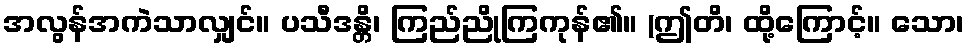
အလွန်အကဲသာလျှင်။ ပသီဒန္တိ၊ ကြည်ညိုကြကုန်၏။ (ဤတိ၊ ထို့ကြောင့်။ သော၊